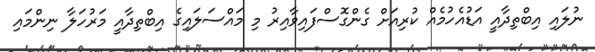
ނުލައި އިބްތިދާއީ އަޑުއެހުމެއް ކުރިއަށް ގެންގޮސްފައިވާއިރު މި މައްސަލައިގެ އިބްތިދާއީ މަރުހަލާ ނިންމައި